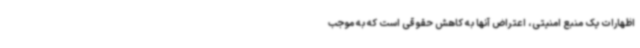
اظهارات یک منبع امنیتی،‌ اعتراض آنها به کاهش حقوقی است که به موجب